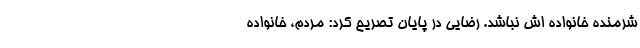
شرمنده خانواده اش نباشد. رضایی در پایان تصریح کرد: مردم، خانواده